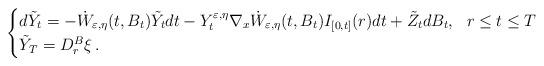
LaTeX: \begin{align*}\begin{cases} d\tilde Y_t=- {\dot{W}}_{\varepsilon, \eta}(t, B_t) \tilde Y_t dt-Y_t^{\varepsilon, \eta} \nabla_x {\dot{W}}_{\varepsilon, \eta}(t, B_t) I_{[0, t]}(r)dt +\tilde Z_t dB_t,\ \ r\leq t\le T\\ \tilde Y_T=D_r^B\xi\,. \end{cases}\end{align*}